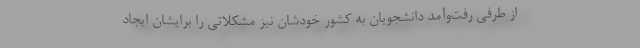
از طرفی رفت‌وآمد دانشجویان به کشور خودشان نیز مشکلاتی را برایشان ایجاد